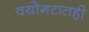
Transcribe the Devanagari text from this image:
वयोगटातही